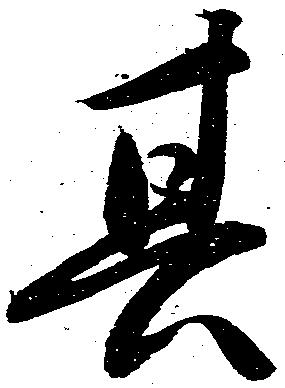
其